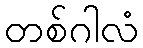
တစ်ဂါလံ